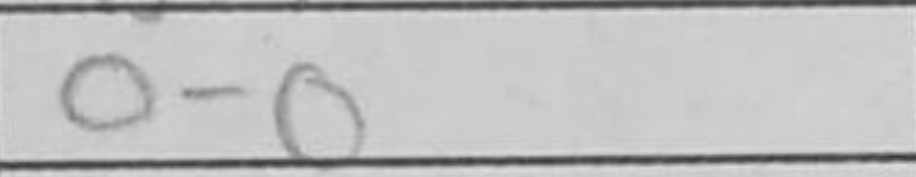
Transcription: O-O